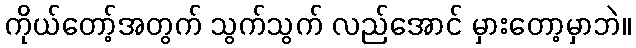
ကိုယ်တော့်အတွက် သွက်သွက် လည်အောင် မှားတော့မှာဘဲ။